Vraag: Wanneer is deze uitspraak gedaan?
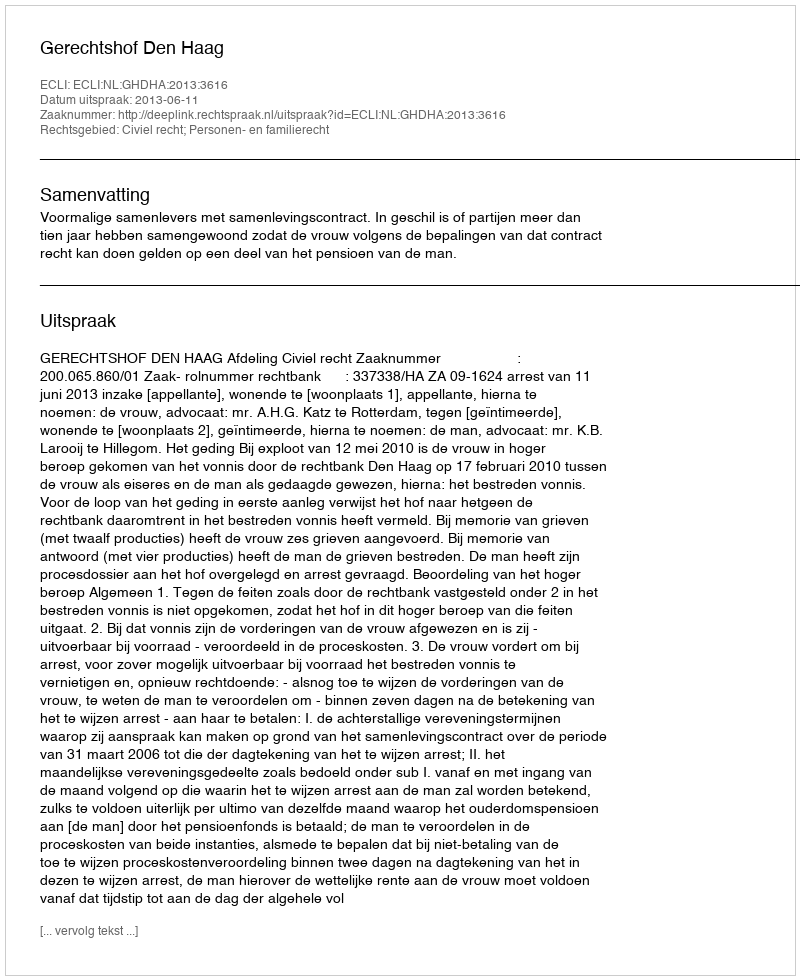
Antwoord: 2013-06-11